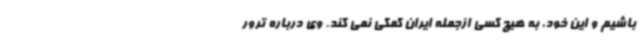
باشیم و این خود، به هیچ کسی ازجمله ایران کمکی نمی کند. وی درباره ترور